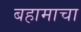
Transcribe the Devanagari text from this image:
बहामाचा